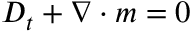
D _ { t } + \nabla \cdot m = 0